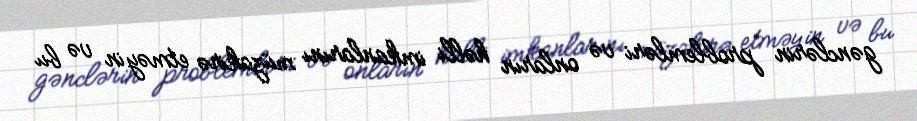
gənclərin problemləri və onların həlli imkanlarını müzakirə etməyin və bu